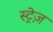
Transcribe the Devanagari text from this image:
स्ट्रेज़